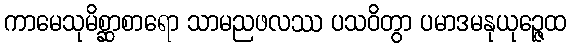
ကာမေသုမိစ္ဆာစာရော သာမညဖလဿ ပသဝိတွာ ပမာဒမနုယုဉ္ဇေထ